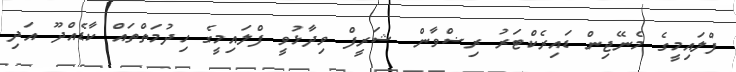
ފްލައިމީގެ މެނޭޖިން ޑައިރެކްޓަރު ރިޟްވާން ޝަރީފް ވިދާޅުވީ ފްލައިމީގެ ހިދުމަތްތައް ކާޑެއްދޫ އަދި